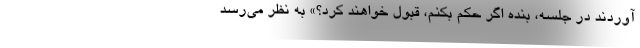
آوردند در جلسه، بنده اگر حکم بکنم، قبول خواهند کرد؟» به نظر می‌رسد